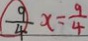
\frac { 9 } { 4 } x = \frac { 9 } { 4 }